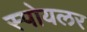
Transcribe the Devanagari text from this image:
स्पोयलर